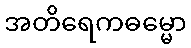
အတိရေကဓမ္မော